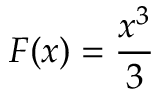
F ( x ) = { \frac { x ^ { 3 } } { 3 } }